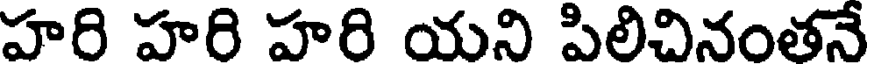
హరి హరి హరి యని పిలిచినంతనే